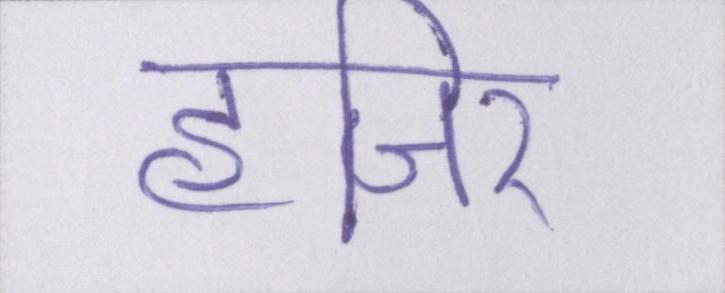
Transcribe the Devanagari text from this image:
हाजिर